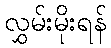
လွှမ်းမိုးရန်